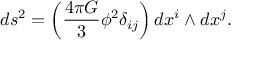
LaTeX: d s ^ { 2 } = \left( \frac { 4 \pi G } { 3 } \phi ^ { 2 } \delta _ { i j } \right) d x ^ { i } \wedge d x ^ { j } .